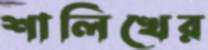
শালিখের